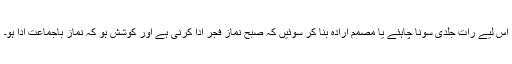
اس لیے رات جلدی سونا چاہئے یا مصمم ارادہ بنا کر سوئیں کہ صبح نماز فجر ادا کرنی ہے اور کوشش ہو کہ نماز باجماعت ادا ہو۔